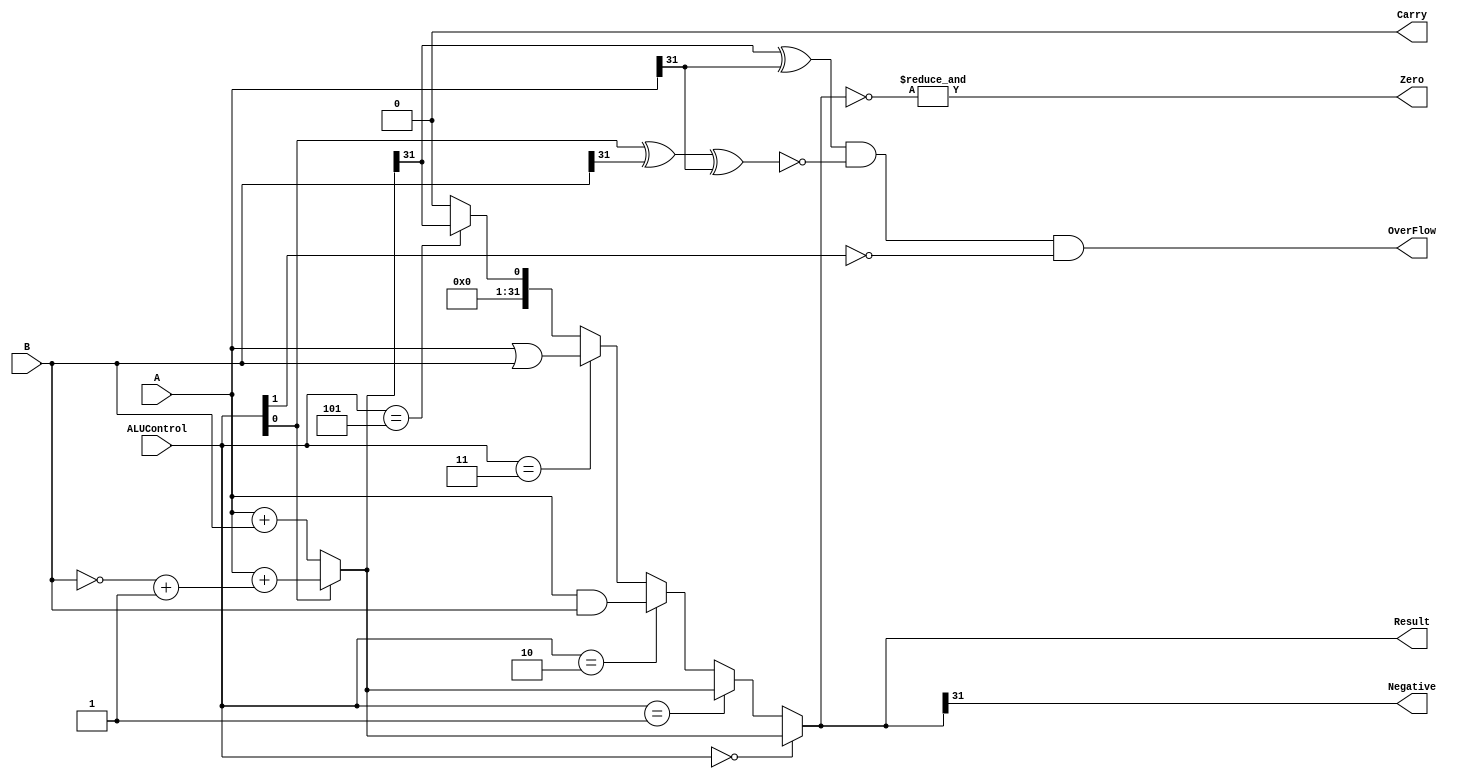
`timescale 1ns / 1ps
//////////////////////////////////////////////////////////////////////////////////
// Company: 
// Engineer: 
// 
// Design Name: 
// Module Name: ALU
// Project Name: 
// Target Devices: 
// Tool Versions: 
// Description: 
// 
// Dependencies: 
// 
// Revision:
// Revision 0.01 - File Created
// Additional Comments:
// 
//////////////////////////////////////////////////////////////////////////////////


module ALU(A,B,Result,ALUControl,OverFlow,Carry,Zero,Negative);
input [31:0]A,B;
    input [2:0]ALUControl;
    output Carry,OverFlow,Zero,Negative;
    output [31:0]Result;

    wire Cout;
    wire [31:0]Sum;

    assign Sum = (ALUControl[0] == 1'b0) ? A + B :
                                          (A + ((~B)+1)) ;
    assign {Cout,Result} = (ALUControl == 3'b000) ? Sum :
                           (ALUControl == 3'b001) ? Sum :
                           (ALUControl == 3'b010) ? A & B :
                           (ALUControl == 3'b011) ? A | B :
                           (ALUControl == 3'b101) ? {{32{1'b0}},(Sum[31])} :
                           {33{1'b0}};
    assign OverFlow = ((Sum[31] ^ A[31]) & 
                      (~(ALUControl[0] ^ B[31] ^ A[31])) &
                      (~ALUControl[1]));
    assign Carry = ((~ALUControl[1]) & Cout);
    assign Zero = &(~Result);
    assign Negative = Result[31];
endmodule